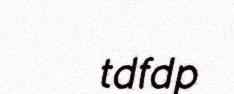
tdfdp